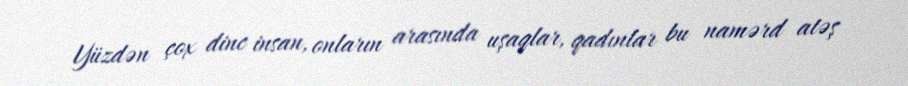
Yüzdən çox dinc insan, onların arasında uşaqlar, qadınlar bu namərd atəş